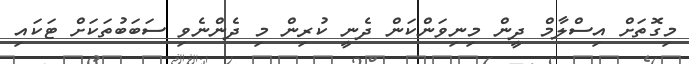
މިގޮތަށް އިސްލާމް ދީން މިނިވަންކަން ދެނީ ކުރިން މި ދެންނެވި ސަބަބުތަކަށް ޓަކައި